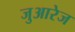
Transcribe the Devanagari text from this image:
जुआरेज